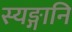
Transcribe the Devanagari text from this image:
स्यङ्गानि